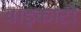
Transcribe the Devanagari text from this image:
वाइकाटो